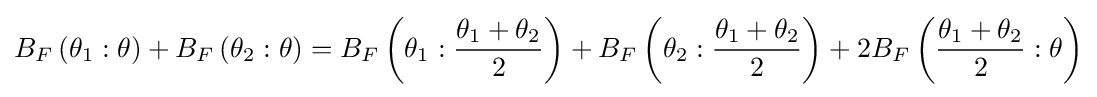
B_{F}\left(\theta _{1}:\theta \right)+B_{F}\left(\theta _{2}:\theta \right)=B_{F}\left(\theta _{1}:{\frac {\theta _{1}+\theta _{2}}{2}}\right)+B_{F}\left(\theta _{2}:{\frac {\theta _{1}+\theta _{2}}{2}}\right)+2B_{F}\left({\frac {\theta _{1}+\theta _{2}}{2}}:\theta \right)